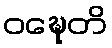
ဝဍ္ဎေတိ